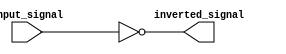
module inverter_buffer (
    input wire input_signal,
    output wire inverted_signal
);

assign inverted_signal = ~input_signal;

endmodule